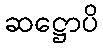
ဆဋ္ဌောပိ